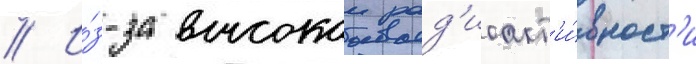
// И́з-за высокои рад'иоакт'и́вност'и